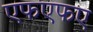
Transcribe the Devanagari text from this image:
एफएफए